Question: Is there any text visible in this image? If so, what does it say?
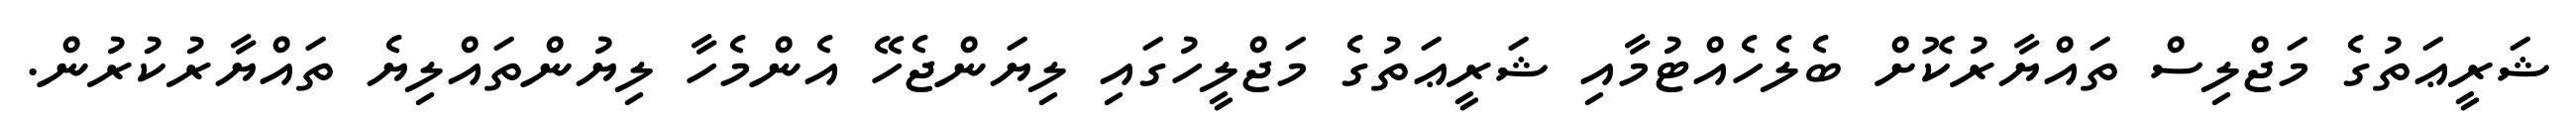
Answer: ޝަރީޢަތުގެ މަޖްލިސް ތައްޔާރުކޮށް ބެލެހެއްޓުމާއި ޝަރީޢަތުގެ މަޖްލީހުގައި ލިޔަންޖެހޭ އެންމެހާ ލިޔުންތައްލިޔެ ތައްޔާރުކުރުން.